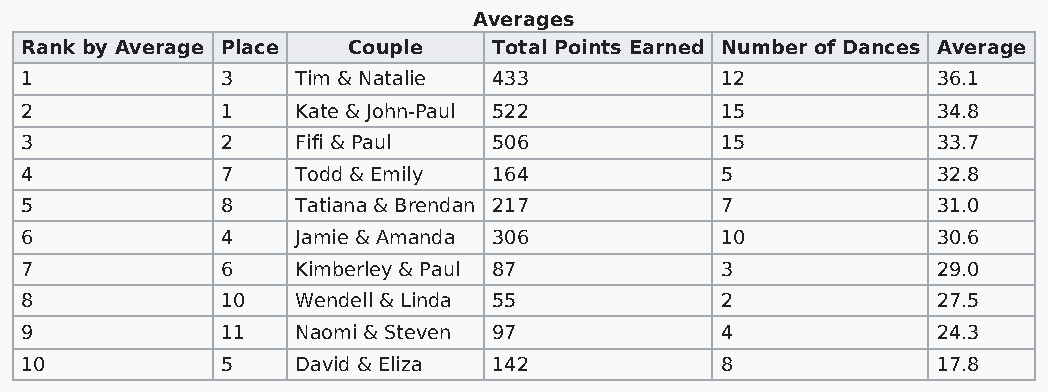
Averages
 Rank by Average Place Couple    Total Points Earned Number of Dances Average
 1             3    Tim & Natalie 433           12            36.1
 2             1    Kate & John-Paul 522        15            34.8
 3             2    Fifi & Paul  506            15            33.7
 4             7    Todd & Emily 164            5             32.8
 5             8    Tatiana & Brendan 217       7             31.0
 6             4    Jamie & Amanda 306          10            30.6
 7             6    Kimberley & Paul 87         3             29.0
 8             10   Wendell & Linda 55          2             27.5
 9             11   Naomi & Steven 97           4             24.3
 10            5    David & Eliza 142           8             17.8